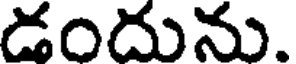
డందును.